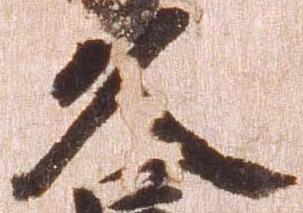
久